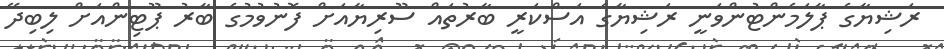
ރަޝިޔާގެ ޕާލަމެންޓުންވަނީ ރަޝިޔާގެ އަސްކަރީ ބާރުތައް ސޫރިޔާއަށް ފޮނުވުމުގެ ބާރު ޕޫޓިންއަށް ލިބިދޭ